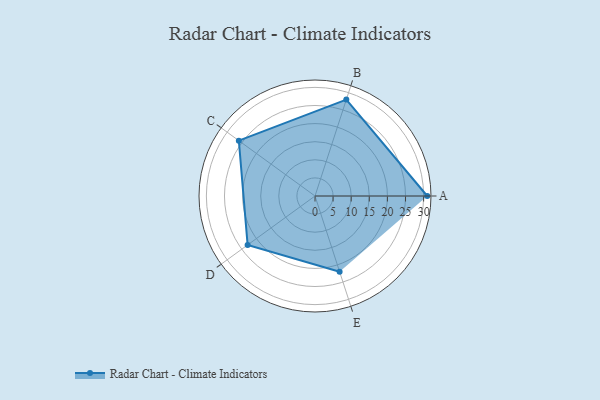
{"axis": {"x": "Skill", "y": "Score"}, "legend": ["Profile"], "data": [{"x": "A", "y": 31.0, "type": "Profile"}, {"x": "B", "y": 28.0, "type": "Profile"}, {"x": "C", "y": 26.0, "type": "Profile"}, {"x": "D", "y": 23.0, "type": "Profile"}, {"x": "E", "y": 22.0, "type": "Profile"}]}